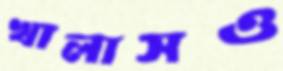
খালাসও